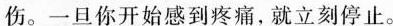
伤。一旦你开始感到疼痛,就立刻停止。